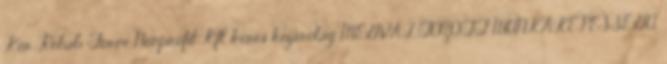
Ker. Rehab Force Nonprofit Kft. keres kizárólag MEGVÁLTOZOTT MUNKAKÉPESSÉGŰ,